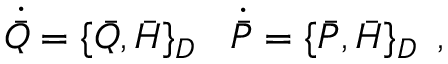
\dot { \bar { Q } } = \{ \bar { Q } , \bar { H } \} _ { D } \, \, \, \, \, \dot { \bar { P } } = \{ \bar { P } , \bar { H } \} _ { D } \, \, \, ,